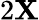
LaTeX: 2\mathbf{X}